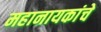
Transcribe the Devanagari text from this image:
महानायकांचे